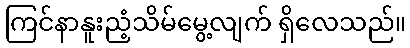
ကြင်နာနူးညံ့သိမ်မွေ့လျက် ရှိလေသည်။